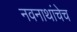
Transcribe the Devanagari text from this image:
नवनाथांचेच